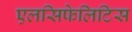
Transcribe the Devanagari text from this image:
एलसिफेलिटिस